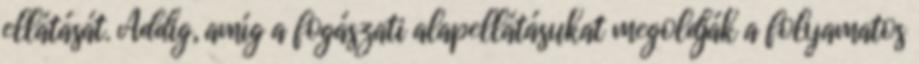
ellátását. Addig, amíg a fogászati alapellátásukat megoldják a folyamatos